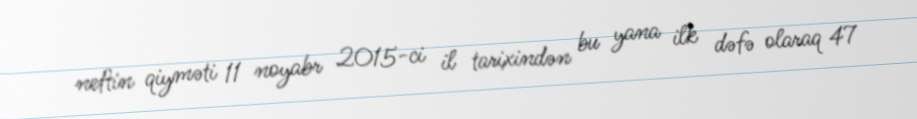
neftin qiyməti 11 noyabr 2015-ci il tarixindən bu yana ilk dəfə olaraq 47